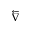
\overleftarrow { \nabla }